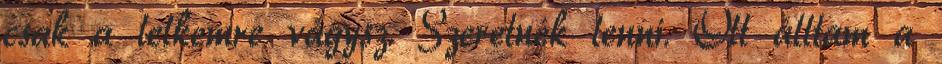
csak a lelkemre vágysz. Szeretnék lenni. Ott álltam a